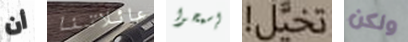
أن عائلاتنا إسمحوا تخيل! ولكن